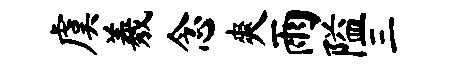
虞羲念爽雨隘三